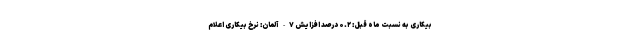
بیکاری به نسبت ماه قبل: ۰.۲ درصد افزایش ۷- آلمان: نرخ بیکاری اعلام